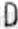
D